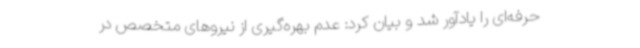
حرفه‌ای را یادآور شد و بیان کرد: عدم بهره‌گیری از نیروهای متخصص در